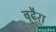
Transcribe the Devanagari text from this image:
बुढैरा